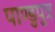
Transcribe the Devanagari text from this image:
पाण्डुपुत्र